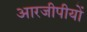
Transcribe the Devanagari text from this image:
आरजीपीयों